[Report on the health of British troops in the Madras command]
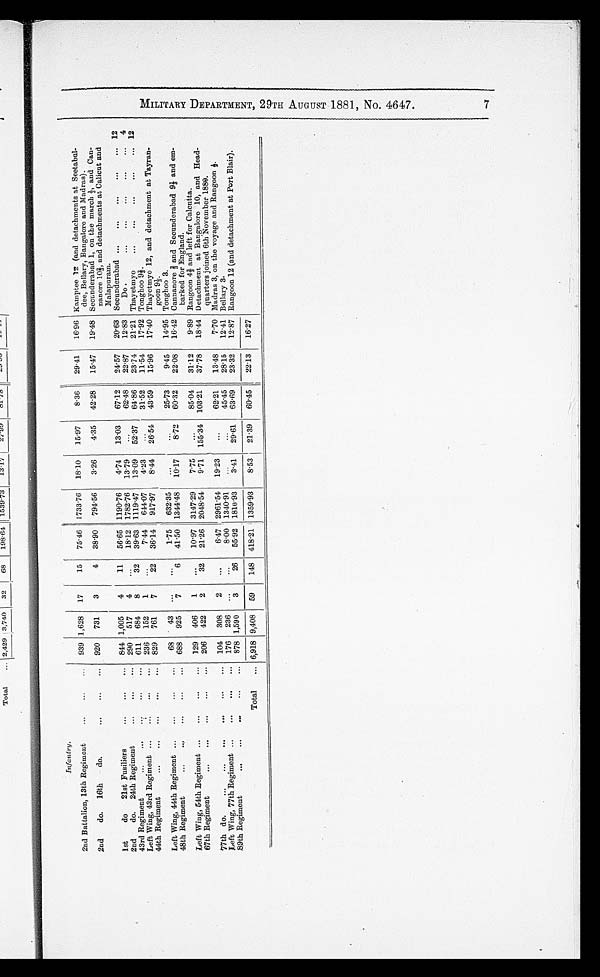
Infantry.
2nd Battalion, 13th Regiment
...
...
...
939 1,628
17
15
7546 1733 . 76
18. 10
15 . 97
8.36
29.41
16.96 Kamptee Tz (and detachments at Seetabul-
dee, Bellary, Bangalore and Madras).
2nd
do. 16th
do.
...
...
...
920
731
3
4
38 .90
794. 56
3.26
4.35
42 . 28
15.47
19.48 Secunderabad 1, on the march -1, and Can-
nanore 10i, and detachments at Calicut and
Malapuram.
1st
do
21st Fusiliers
. . .
...
. . . 844 1,005
4
11
56'65 1190. 76
4.74
13'03
67.12
24.57
20.63 Secunderabad ...
...
...
...
... 12
2nd
do. 24th Regiment
...
...
... 290
517
4
...
18'12 1782. 76
13 . 79
...
62.48
22.87
12.83
Do .
...............4
43rd Regiment
...
. . .
. . .
. . .
. . . 611
684
8
.3.2
39 .63 1119 . 47
13 . 09
52-37
64-86
23-74
21 .21 Thayetmyo
...
...
...
...
... 12
Left Wing, 43rd Regiment ...
..'.
...
...
236
152
1
...
7'44
644.07
4.23
...
31.52
11.54
17'92 Tonghoo 93-.
44th Regiment
...
...
. . .
. . .
. . .
829
701
7
.2.2
36'14
917. 97
8.44
26. 54
43 . 59
15.96
17'40 Thayetmyo 12, and detachment at Tayran-
goon 91-.
Left Wing, 44th Regiment ...
...
...
...
68
43
...
...
1.75
632. 3
.
...
2573
9.45
14'95 Tonghoo 3.
48th Regiment
...
...
. . .
. . .
. . . 688
925
7
6
41 .50 1344.48
10 .17
8.72
60-32
22.08
1642 Cannanore I and Secunderabad 9i and em-
barked for England.
Left Wing, 54th Regiment ...
...
...
...
129
406
1
...
10-97 3147'29
7.75
...
85.04
31.12
9.89 Rangoon 43- and left for Calcutta.
67th Regiment
...
...
...
...
...
206
422
2
32
21 .26 2048. 54
9.71 155 . 34 103 .21
3778
18.44 Detachment at Bangalore 10, and Head-
quarters joined 6th November 1889.
77th do.
...
...
...
...
...
... 104
308
2
...
6-47 2961 . 54
19 .23
...
62.21
13.48
7'70 Madras 3, on the voyage and Rangoon i.
Left Wing, 77th Regiment ...
...
...
...
176
236
...
...
8-00 1340.91
.
. .
...
45.45
28.15
12.41 Bellary 3.
.89th Regiment
...
. . .
. . .
. . .
. . . 878 1,590
3
26
55.92 1810 . 93
3.41
2961
63. 69
23.32
12 . 87 Rangoon 12 (and detachment at Port Blair).
Total
... 6,918 9,408
59
148 418 . 21 1359 . 93
8.53
21-39
60.45
2213
16'27
)11
1-3
‘. 1-3
L\D
rn
00
00
0